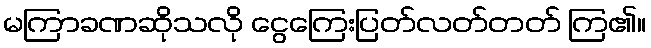
မကြာခဏဆိုသလို ငွေကြေးပြတ်လတ်တတ် ကြ၏။